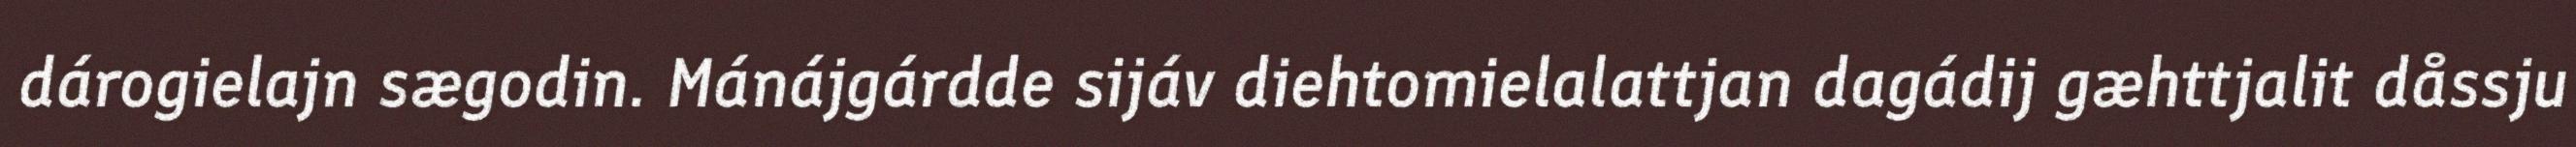
dárogielajn sægodin. Mánájgárdde sijáv diehtomielalattjan dagádij gæhttjalit dåssju